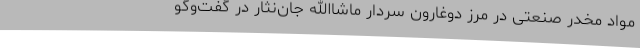
مواد مخدر صنعتی در مرز دوغارون سردار ماشاالله جان‌نثار در گفت‌وگو